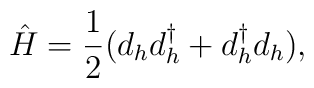
\hat{H}={1 \over 2}(d_{h} d_{h}^{\dagger} +d_{h}^{\dagger} d_{h}),